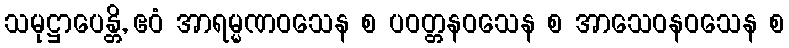
သမုဋ္ဌာပေန္တိ, ဧဝံ အာရမ္မဏဝသေန စ ပဝတ္တနဝသေန စ အာသေဝနဝသေန စ